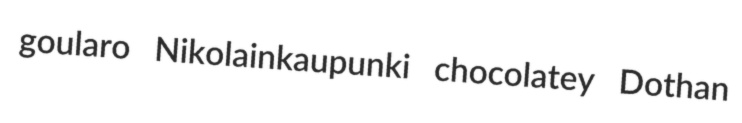
goularo Nikolainkaupunki chocolatey Dothan